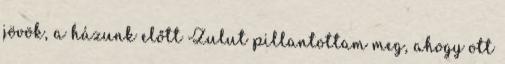
jövök, a házunk előtt Zulut pillantottam meg, ahogy ott